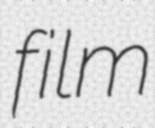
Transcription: film